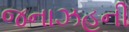
જનાઝહની